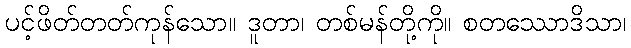
ပင့်ဖိတ်တတ်ကုန်သော။ ဒူတာ၊ တစ်မန်တို့ကို။ စတဿောဒိသာ၊